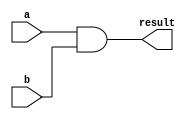
module combinational_logic(
    input wire a,
    input wire b,
    output reg result
);

always @(*)
begin
    result = a & b;
end

endmodule